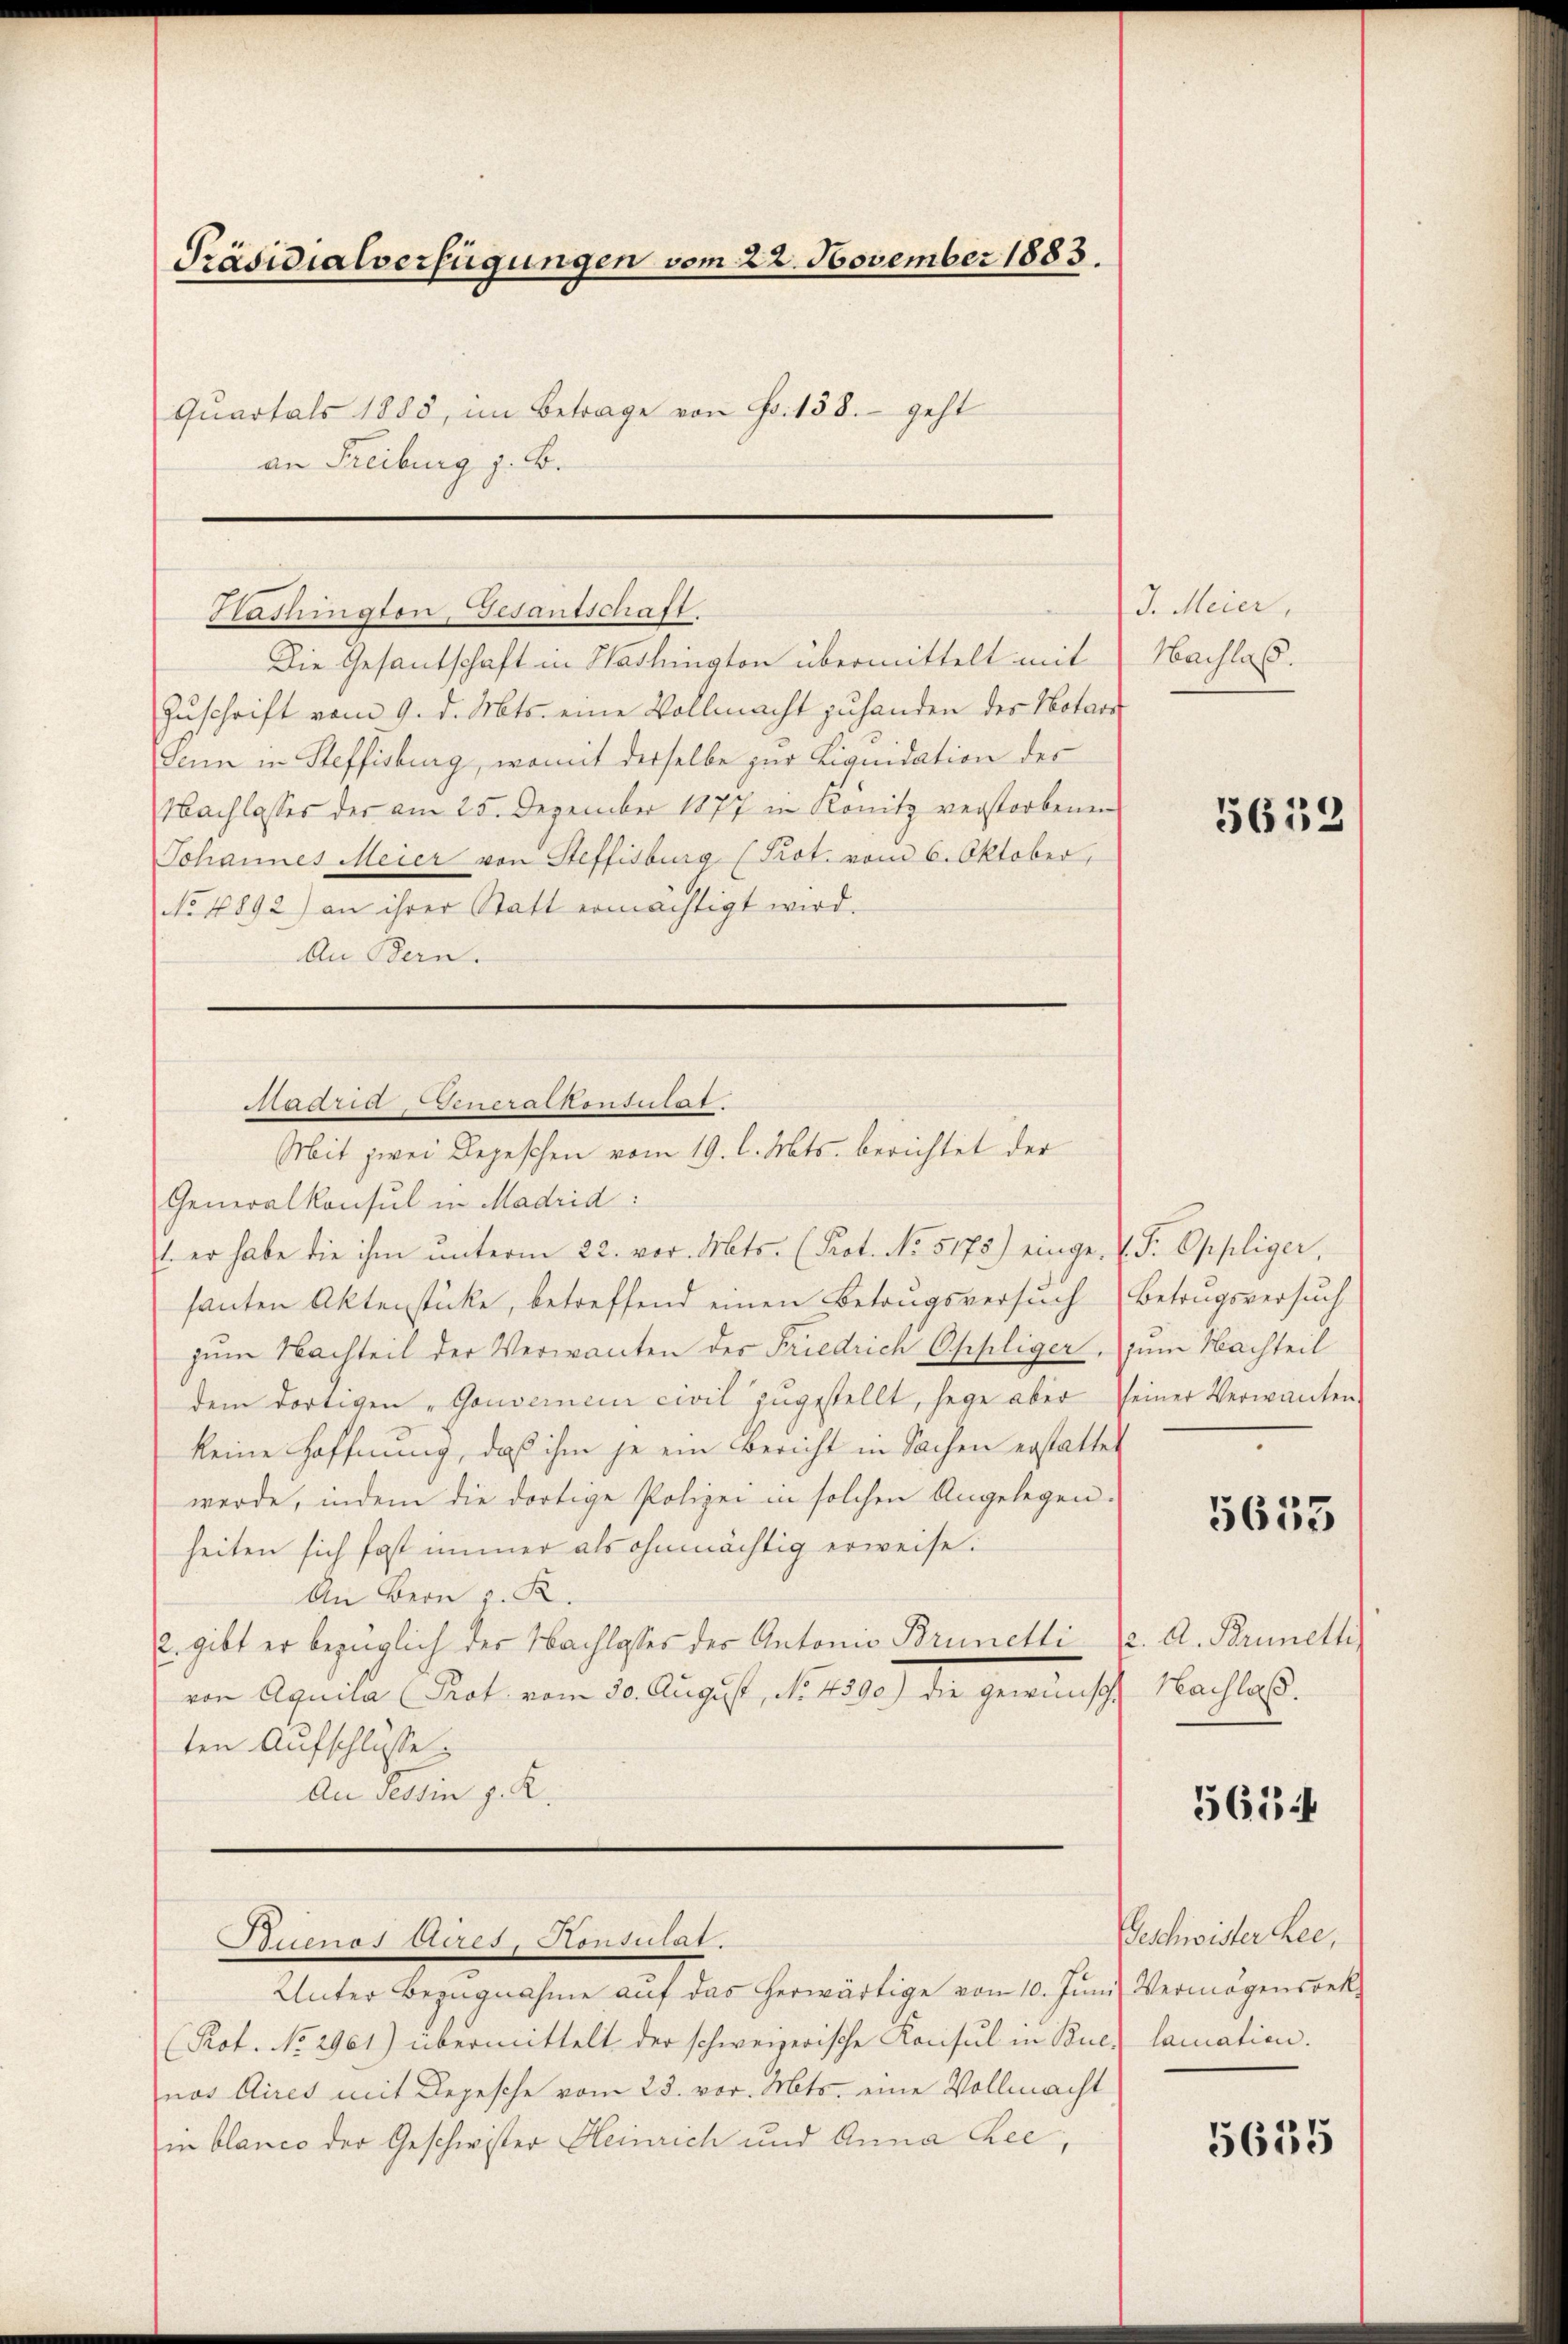
Präsidialverfügungen vom 22. November 1883.
Quartals 1883, im Betrage von Fr. 158. geht
an Freiburg z. B.

Washington, Gesantschaft.
Die Gesantschaft in Washington übermittelt mit

Zuschrift vom 9. d. Mts. eine Vollmacht zuhanden der Notari
Senn in Steffisburg, womit derselbe zur Liquidation der
Nachlasses der am 25. Dezember 1877 in Könitz verstorbenen
Johannes Meier von Steffisburg (Prot. vom 6. Oktober,
No. 1892) an ihrer Statt ermächtigt wird.
An Bern.

Generalkonsul in Madrid:
. er habe die ihm unterm 22. vor. Mts. (Prot. No. 5175) einge-. P. Oppliger,
santen Aktenstücke, betreffend einen Betrugsversuch Betrugsversuch
zum Nachteil der Verwanten der Friedrich Oppliger, zum Nachteil
dem dortigen „Gouvernen civil zŭgestellt, sage aber seiner Verwanten-
keine Hoffnung, daß ihm je ein Bericht in Sachen erstattet
werde, indem die dortige Polizei in solchen Angelegen.
heiten sich fast immer als ohnmächtig erweise.
An Bern v. K.
2. gibt er bezüglich der Nachlasses der Antonio Brunetti
von Aquila Prot vom 30. August, d. 1890.) die gewünsch
ten Aufschlusse
An Tessin z. R.

Madria Generalkonsulat
Mit zwei Depeschen vom 19. l. Mts. berichtet der

Stiienos Aires, Konsulat.

Unter Bezugnahme aŭf das herwärtige vom 10. Jŭni Vermögenspek
(Rot. No 2961) übermittelt der schweizerische Konsul in Buch lamation.
nos Aires mit Depesche vom 23. vor. Mts. eine Vollmacht
in blanco der Geschwister Heinrich und Anna Lee,

J. Meier,
Nachlaß.

5652

5655

(2. A. Bruneth
Nachlaß.

5634

Geschwister hee,

5655